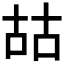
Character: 𠳬